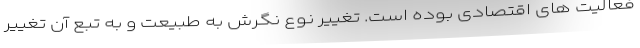
فعالیت های اقتصادی بوده است. تغییر نوع نگرش به طبیعت و به تبع آن تغییر